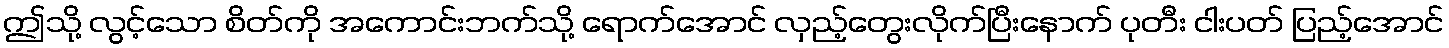
ဤသို့ လွင့်သော စိတ်ကို အကောင်းဘက်သို့ ရောက်အောင် လှည့်တွေးလိုက်ပြီးနောက် ပုတီး ငါးပတ် ပြည့်အောင်